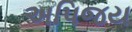
અપિજય